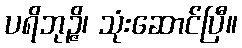
ပရိဘုဉ္ဇိ၊ သုံးဆောင်ပြီ။